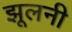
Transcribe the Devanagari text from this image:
झूलनी